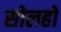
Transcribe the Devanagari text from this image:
सोलहो